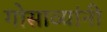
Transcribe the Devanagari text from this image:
गोसाव्यांनी